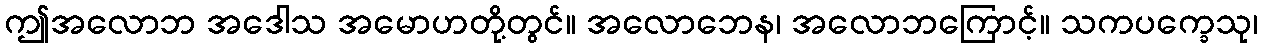
ဤအလောဘ အဒေါသ အမောဟတို့တွင်။ အလောဘေန၊ အလောဘကြောင့်။ သကပက္ခေသု၊